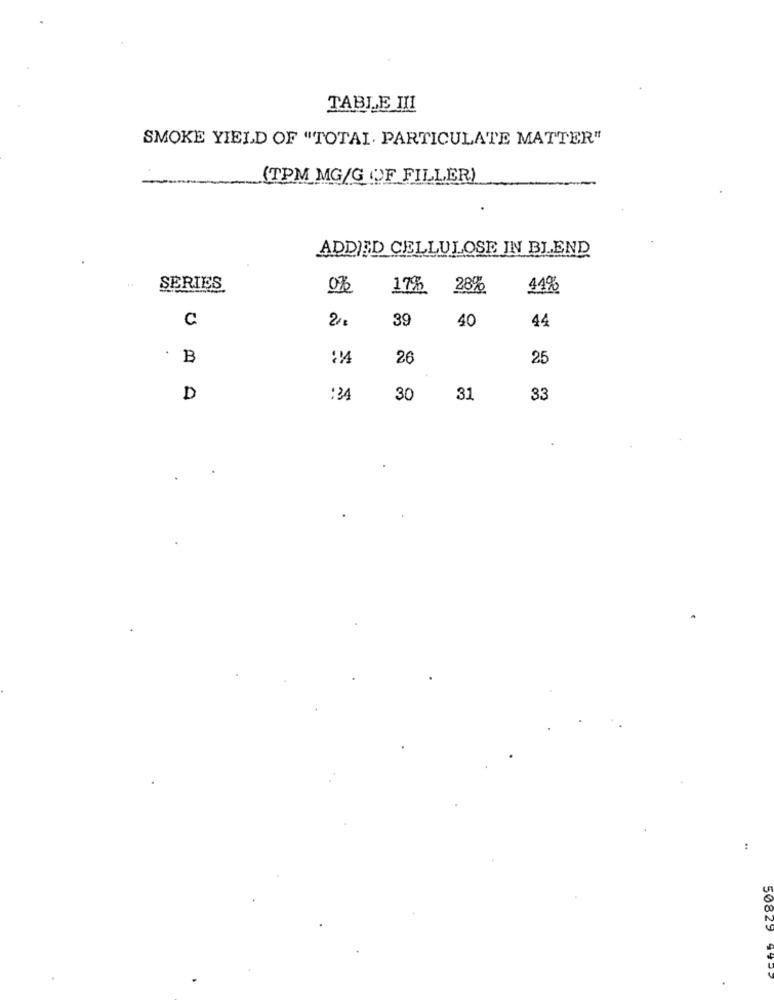
TABLE III
SMOKE YIELD OF "TOTAL. PARTICULATE MATTER"
(TPM MG/G (OF FILLER)
.
ADDED CELLULOSE IN BLEND
SERIES
0%
17%
28%
11%
C
2%
39
44
40
.
B
26
25
D
:34
30
31
33
:
50823
94-